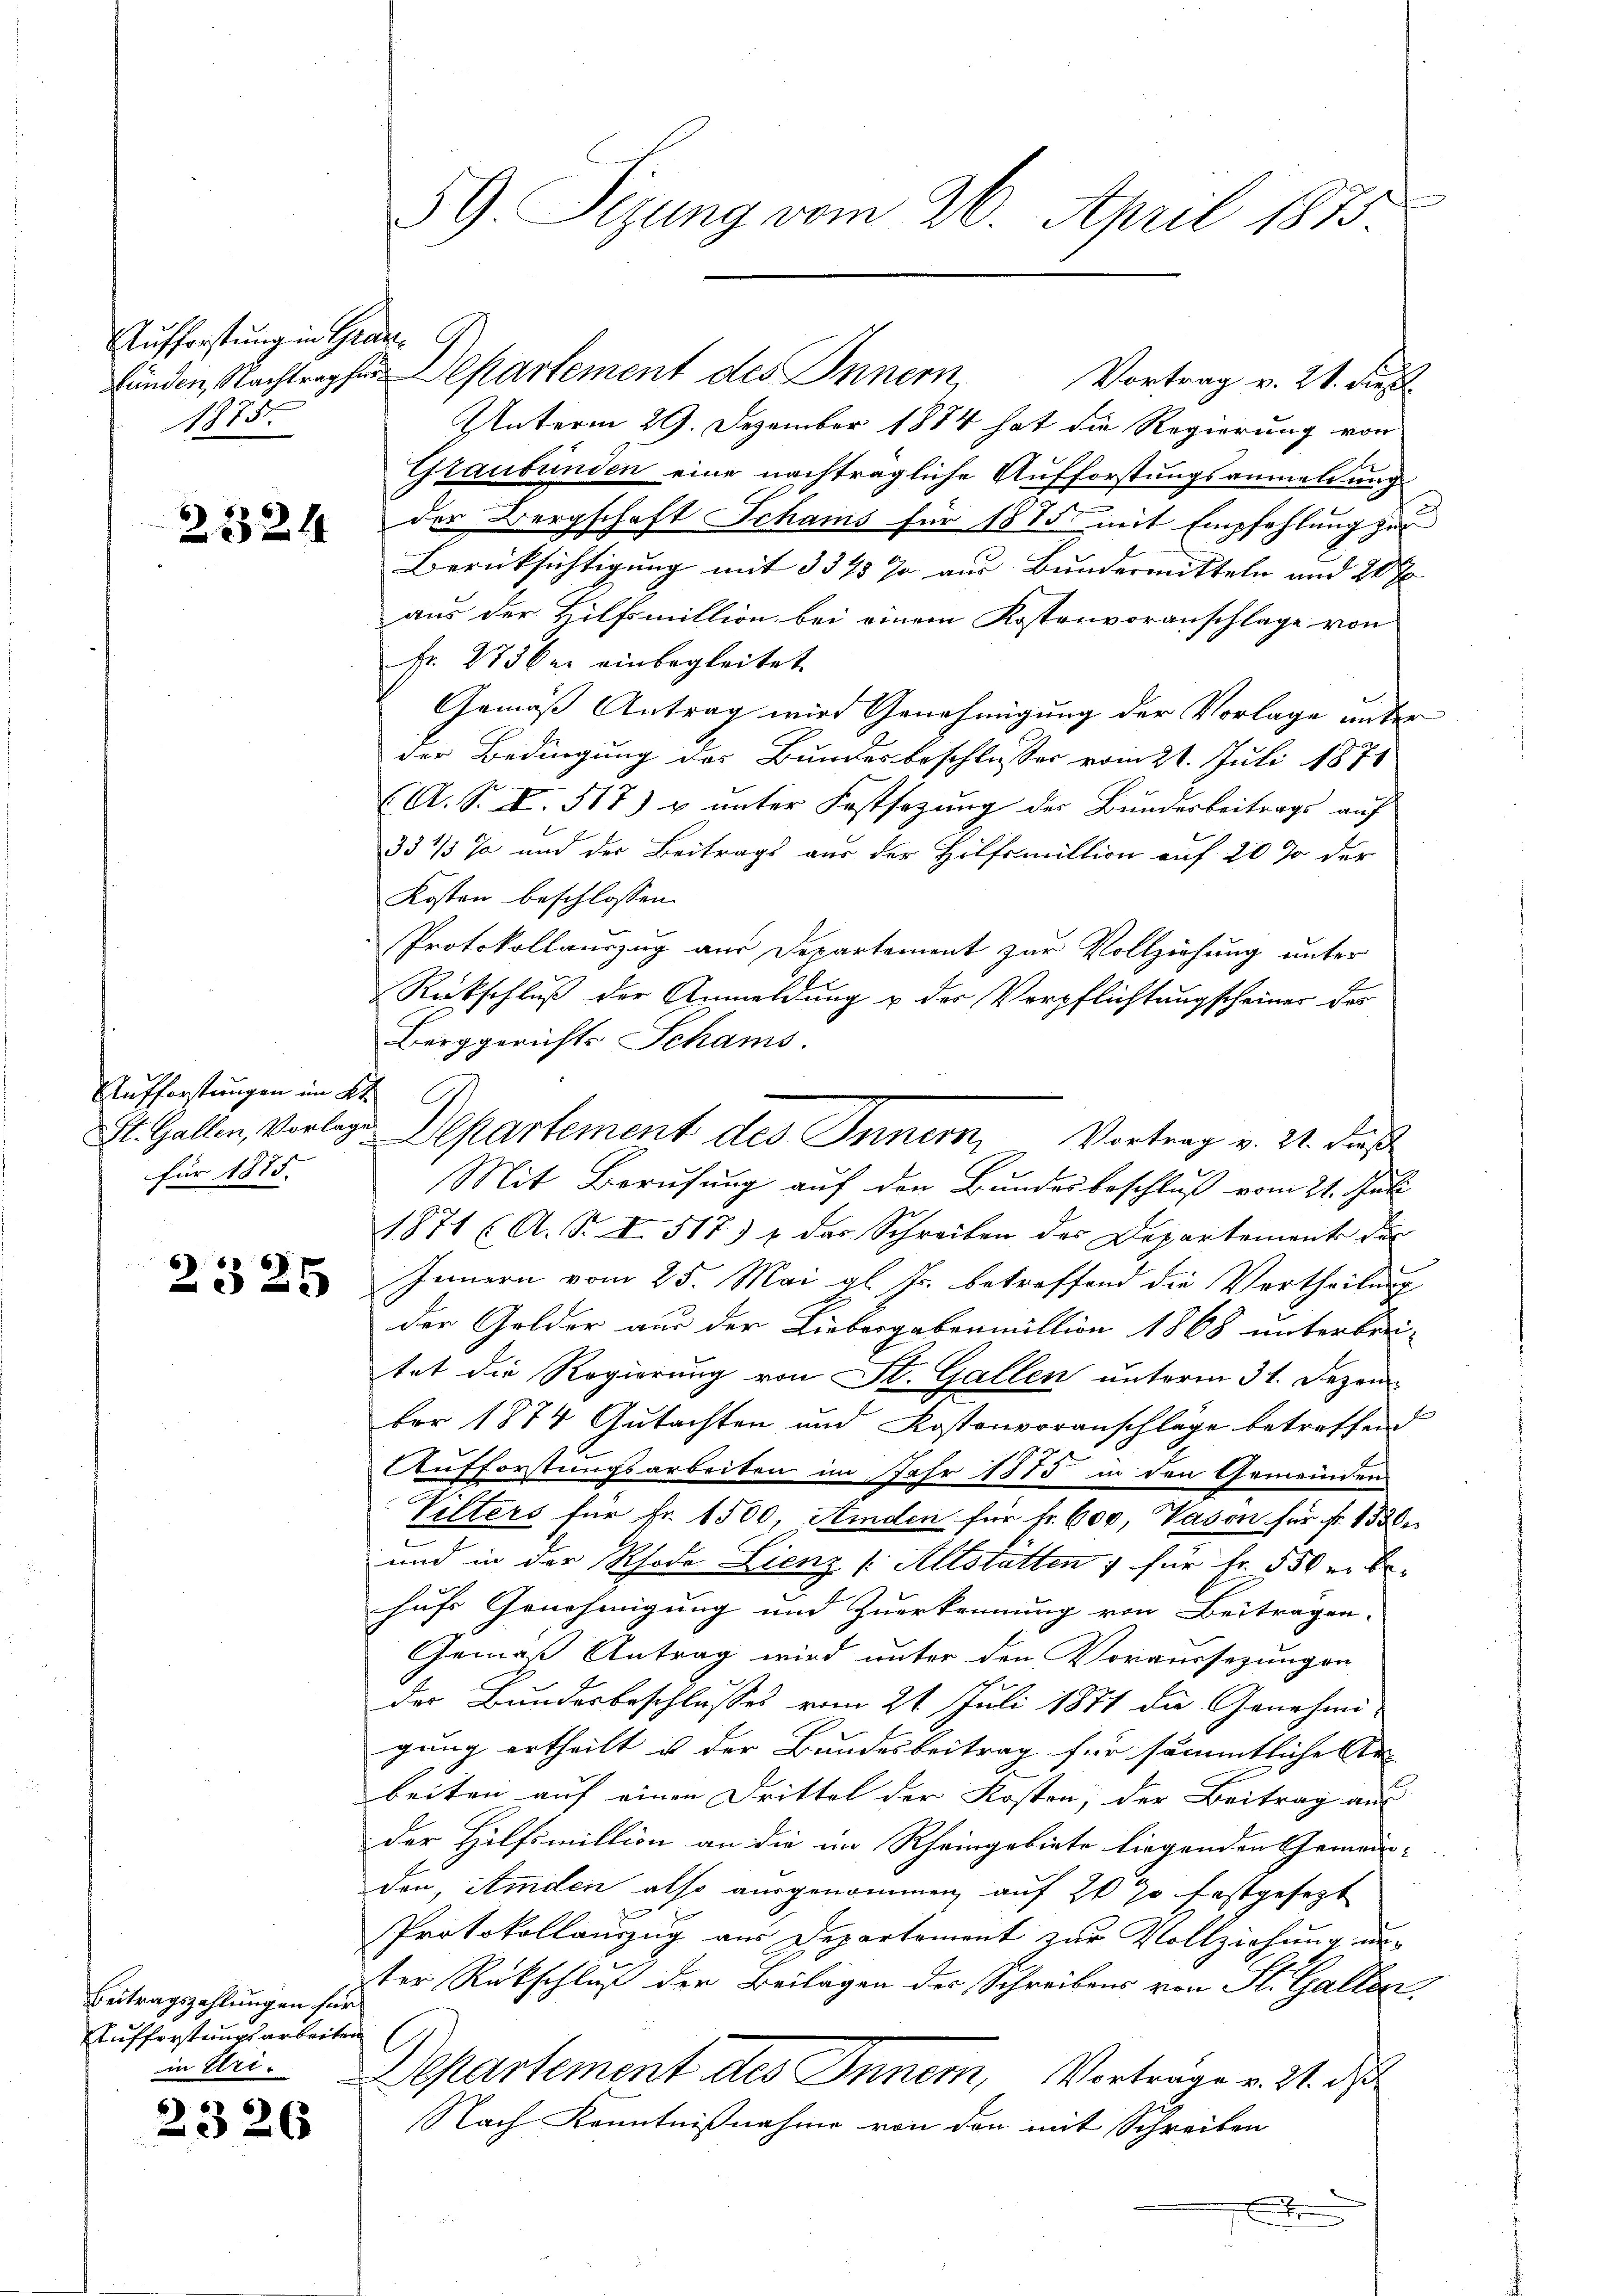
Aufforstung in Grade
1875

2324

Aufforstungen im Kt.
für 1875.

2325

Beitragszahlungen für
Aufforstungsarbeiten

2326

fünden, Nachtrag für Departement des Innern, Vortrag v. 21. dieß
Unterm 29. Dezember 1884 hat die Regierung von
Graubünden eine nachträgliche Aufforstungsanmeldung
der Bergschaft Schams für 1885 mit Empfehlung zur
Berücksichtigung mit 3345 Ja aus Bundermitteln und 20
aus der Hilfsmillion bei einem Kostenvoranschlage von
Fr. 273 bei einbegleitet.
Gemäß Antrag wird Genehmigung der Vorlage unter
der Bedingung des Bundesbeschlusses vom 21. Juli 1871
(A. S. I. 517) u unter Festsezung des Bundesbeitrags auf
33 1/3 Ja und des Beitrags aus der Hilfsmillion auf 20 % der
Kosten beschlossen:
Protokollauszug aus Departement zur Vollziehung unter
Rückschluß der Anmeldung u der Verpflichtungscheiner des
Beiggerichts Schams.
St. Gallen, Vorlege Departement des Innern, Vortrag v. 21. daß
Mit Berufung auf den Bundesbeschluß vom 21. Juli
1871 (A. B. I. 517) das Schreiben des Departement der
Innern vom 25. Mai gl. Js. betreffend die Vertheilung
der Gelder aus der Liebergabenmillion 1868 unterbrei-
tet die Regierung von St. Gallen unterm 31. Dezem-
ber 1874 Gutachten und Kostenvoranschläge betreffend
AAufforstungsarbeiten im Jahr 1875 in den Gemeinden
Vilters für Fr. 1500, Aiden für fr. 600, Vason für fr. 1338
und in der Rhode Lienz (Altstätten für Fr. 550 er behufs Genehmigung und Zuerkennung von Beiträgen.
Gemäß Antrag wird unter den Voraussezungen
der Bundesbeschlusses vom 21. Juli 1871 die Genehmi-
gung ertheilt u der Bundesbeitrag für sämmtliche Ar
beiten auf einen Drittel der Kosten, der Beitrag aus
der Hilfsmillion an die im Rheingebiete liegenden Gemein- |
den, Amden also ausgenommen, auf 20 % festgesezt
Protokollauszug aus Departement zur Vollziehung unter Rückschluß der Beilagen der Schreibens von St. Gallen.
in Uri. Departement des Innern, Vortrage v. 21. di
NNach Kenntnißnahme von der mit Schreiben
E

59. Sizung vom 26. April 1875.